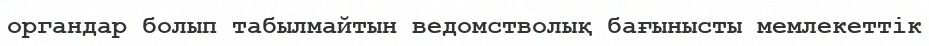
органдар болып табылмайтын ведомстволық бағынысты мемлекеттік